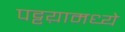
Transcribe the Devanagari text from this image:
पट्टय़ामध्ये